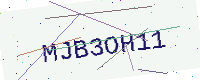
Text: MJB3OH11